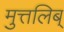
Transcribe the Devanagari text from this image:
मुत्तलिब्